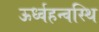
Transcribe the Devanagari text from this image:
ऊर्ध्वहन्वस्थि